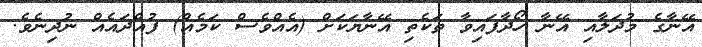
އޭނާގެ މުދަލާއި އޭނާ ހޯދާފައިވާ ތަކެތި އޭނާޔަކަށް (އެއްވެސް ކަމެއް) ފުއްދައެއް ނުދިނެވެ.